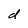
Character: d